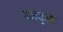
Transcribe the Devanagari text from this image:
वास्तुओ